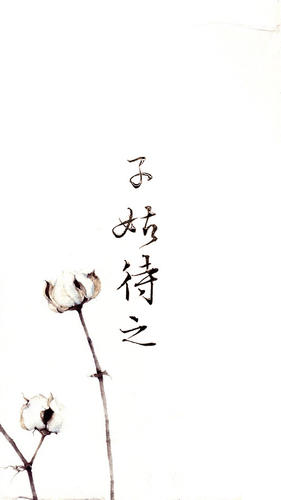
不义不富，不义不贵，不义不亲，不义不近。